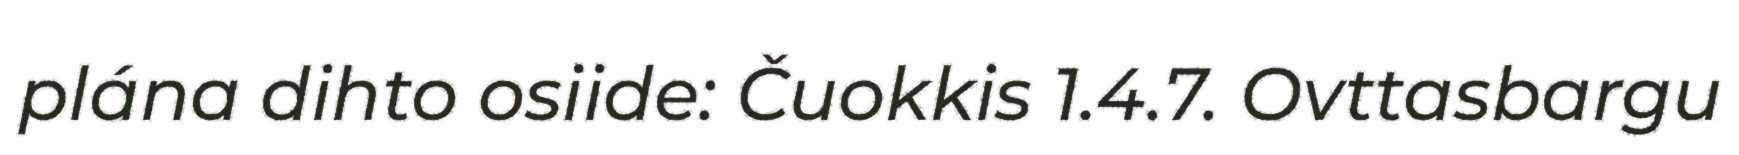
plána dihto osiide: Čuokkis 1.4.7. Ovttasbargu